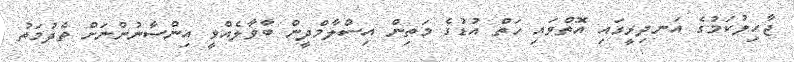
ޖާހިލުކަމުގެ އަނދިރީގައި އޮތްވައި ހަތް އުޑުގެ މަތިން އިސްލާމްދީން ބާވާލެއްވީ އިންސާނުންނަށް ތެދުމަތު